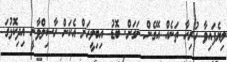
ލިޔެފައިވާ ހުރިހާ ތަނެއް އޭގެން ނަގަށް. ބޮޑު އިބިލީހަށް އެކަން ހާސިލްވާނީ އިދިކޮޅުގަ